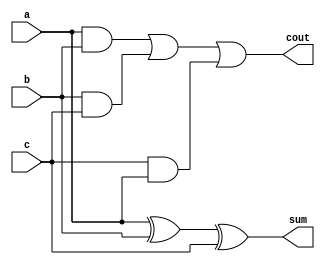
module fa_wallace(a,b,c,sum,cout);
input a,b,c;
output sum,cout;

assign sum=a^b^c;
assign cout=(a&b) | (b&c) | (c&a);

endmodule